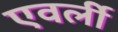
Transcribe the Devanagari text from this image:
एवर्ली